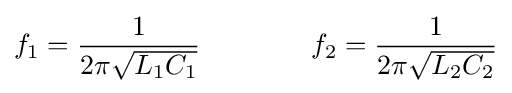
f_{1}={1 \over {2\pi {\sqrt {L_{1}C_{1}}}}}\qquad \qquad f_{2}={1 \over {2\pi {\sqrt {L_{2}C_{2}}}}}